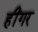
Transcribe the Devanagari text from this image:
हींगर